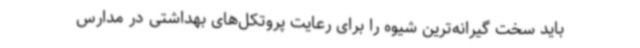
باید سخت گیرانه‌ترین شیوه را برای رعایت پروتکل‌های بهداشتی در مدارس